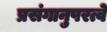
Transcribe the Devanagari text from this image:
प्रसंगानुपरत्वे